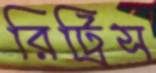
রিট্রিস